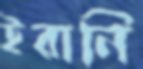
ইরানি